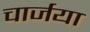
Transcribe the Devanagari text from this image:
चार्जया